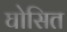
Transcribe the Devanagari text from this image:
घोसित